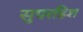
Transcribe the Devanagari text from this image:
सुपरडिश